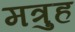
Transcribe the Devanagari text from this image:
मत्रुह